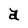
Character: a